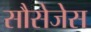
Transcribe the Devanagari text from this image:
सौसेजेस